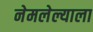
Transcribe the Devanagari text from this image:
नेमलेल्याला